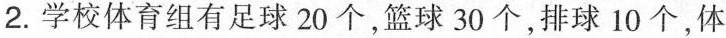
2. 学校体育组有足球20个，篮球30个，排球10个，体